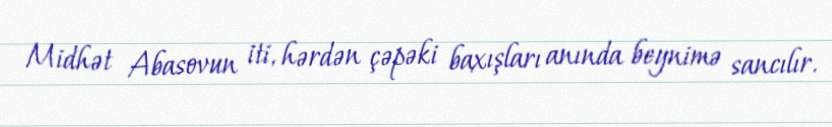
Midhət Abasovun iti, hərdən çəpəki baxışları anında beynimə sancılır.